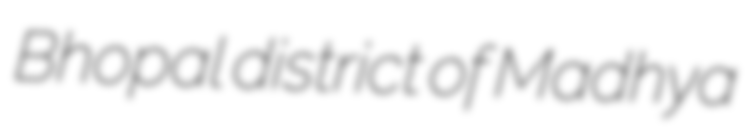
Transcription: Bhopal district of Madhya